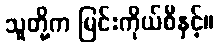
သူတို့က မြင်းကိုယ်စီနှင့်။